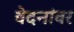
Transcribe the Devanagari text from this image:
वेदनांवर